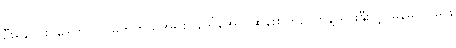
ဦးနေဝင်း၊ ဒေါက်တာ မိုက်ကယ်အဲရစ်၊ ဒေါ်အောင်ဆန်းစုကြည်တို့နဲ့ ရင်းနှီးတဲ့ မြန်မာသမိုင်း